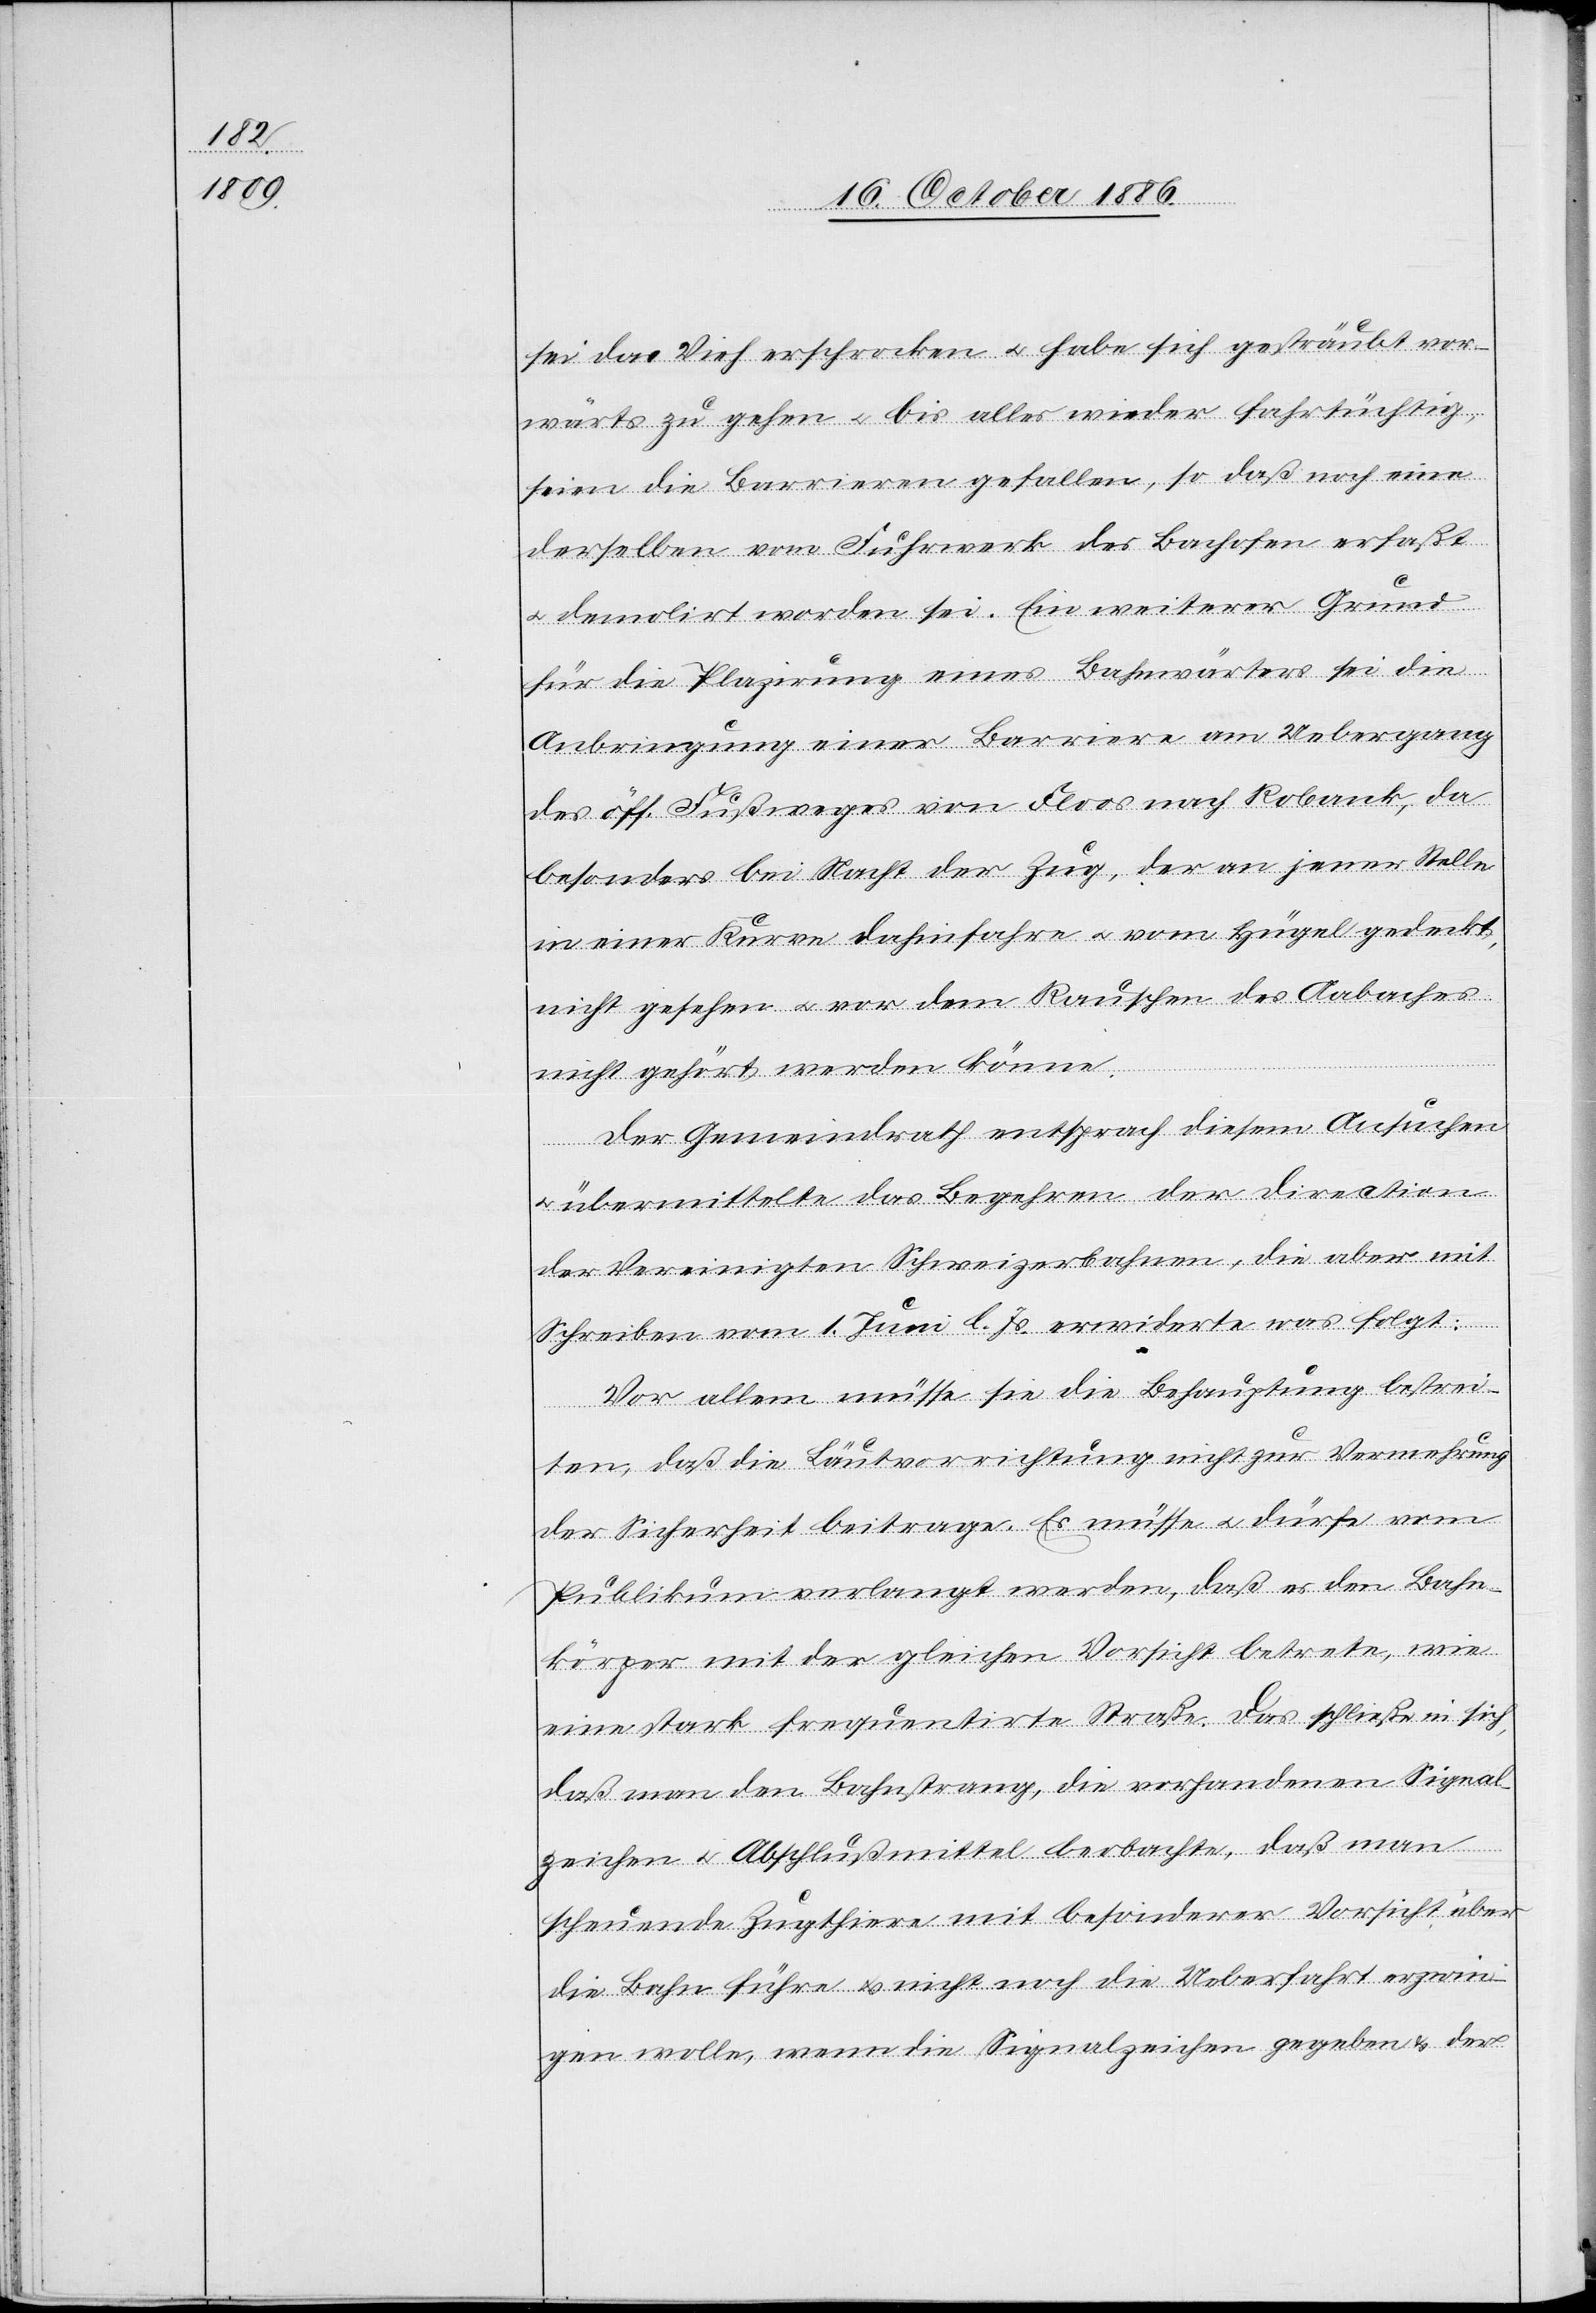
sei das Vieh erschrocken & habe sich gesträubt vor¬
wärts zu gehen & bis alles wieder fahrtüchtig,
seien die Barrieren gefallen, so daß noch eine
derselben vom Fuhrwerk des Bachofen erfaßt
& demolirt worden sei. Ein weiterer Grund
für die Plazirung eines Bahnwärters sei die
Anbringung einer Barriere am Uebergang
des öff. Fußweges von Floos nach Robank, da
besonders bei Nacht der Zug, der an jener Stelle
in einer Kurve dahinfahre & vom Hügel gedeckt,
nicht gesehen & vor dem Rauschen des Aabaches
nicht gehört werden könne.
Der Gemeindrath entsprach diesem Ansuchen
& übermittelte das Begehren der Direction
der Vereinigten Schweizerbahnen, die aber mit
Schreiben vom 1. Juni l. Js. erwiderte was folgt:
Vor allem müsse sie die Behauptung bestrei¬
ten, daß die Läutvorrichtung nicht zur Vermehrung
der Sicherheit beitrage. Es müsse & dürfe vom
Publikum verlangt werden, daß es den Bahn¬
körper mit der gleichen Vorsicht betrete, wie
eine stark frequentirte Straße. Das schließe in sich,
daß man den Bahnstrang, die vorhandenen Signal¬
zeichen & Abschlußmittel beobachte, daß man
scheuende Zugthiere mit besonderer Vorsicht über
die Bahn führe & nicht noch die Ueberfahrt erzwin¬
gen wollte, wenn die Signalzeichen gegeben & der